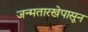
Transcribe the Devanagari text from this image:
जन्मतारखेपासून